Report on vaccination in the Province of Bengal - 1869-1873
Year: 1869
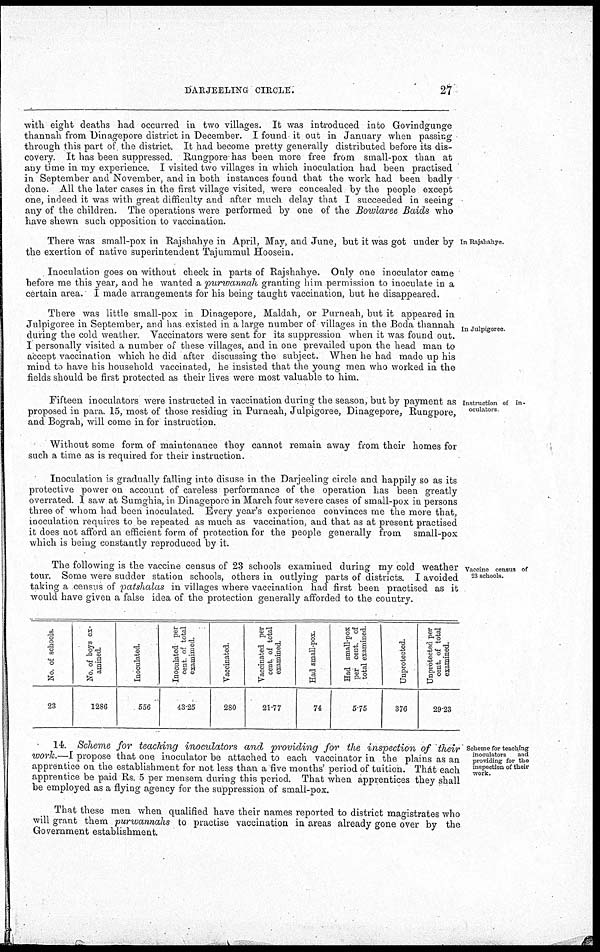
DARJEELING CIRCLE.
27
with eight deaths had occurred in two villages. It was introduced into Govindgunge
thannah from Dinagepore district in December. I found it out in January when passing
through this part of the district. It had become pretty generally distributed before its dis-
covery. It has been suppressed. Rungpore has been more free from small-pox than at
any time in my experience. I visited two villages in which inoculation had been practised
in September and November, and in both instances found that the work had been badly
done. All the later cases in the first village visited, were concealed by the people except
one, indeed it was with great difficulty and after much delay that I succeeded in seeing
any of the children. The operations were performed by one of the Bowlaree Baids who
have shewn such opposition to vaccination.
In Rajshahye.
There was small-pox in Rajshahye in April, May, and June, but it was got under by
the exertion of native superintendent Tajummul Hoosein.
Inoculation goes on without check in parts of Rajshahye. Only one inoculator came
before me this year, and he wanted a purwannah granting him permission to inoculate in a
certain area. I made arrangements for his being taught vaccination, but he disappeared.
In Julprgoree.
There was little small-pox in Dinagepore, Maldah, or Purneah, but it appeared in
Julpigoree in September, and has existed in a large number of villages in the Boda thannah
during the cold weather. Vaccinators were sent for its suppression when it was found out.
I personally visited a number of these villages, and in one prevailed upon the head man to
accept vaccination which he did after discussing the subject. When he had made up his
mind to have his household vaccinated, he insisted that the young men who worked in the
fields should be first protected as their lives were most valuable to him.
Instruction of in-
oculators
Fifteen inoculators were instructed in vaccination during the season, but by payment as
proposed in para. 15, most of those residing in Purneah, Julpigoree, Dinagepore, Rungpore,
and Bograh, will come in for instruction.
Without some form of maintenance they cannot remain away from their homes for
such a time as is required for their instruction.
Inoculation is gradually falling into disuse in the Darjeeling circle and happily so as its
protective power on account of careless performance of the operation has been greatly
overrated. I saw at Sumghia, in Dinagepore in March four severe cases of small-pox in persons
three of whom had been inoculated. Every year's experience convinces me the more that,
inoculation requires to be repeated as much as vaccination, and that as at present practised
it does not afford an efficient form of protection for the people generally from small-pox
which is being constantly reproduced by it.
Vaccine census of
23 schools.
The following is the vaccine census of 23 schools examined during my cold weather
tour. Some were sudder station schools, others in outlying parts of districts. I avoided
taking a census of patshalas in villages where vaccination had first been practised as it
would have given a false idea of the protection generally afforded to the country.
No. of schools.
23
No. of boys ex-
amined.
1286
Inoculated.
556
Inoculated per
cent of total
examinied.
43.25
Vaccinated.
280
Vaccinated per
cent of total
examined.
21.77
Had small-pox.
74
Had small-pox
per cent. of
total examined.
5.75
Unprotected.
376
Unprotected per
cent. of total
examined.
29.23
Scheme for teaching;
inoculators
and
providing for the
inspection of their
work.
14. Scheme for teaching inoculators and providing for the inspection of their
work.—I propose that one inoculator be attached to each vaccinator in the plains as an
apprentice on the establishment for not less than a five months' period of tuition. That each
apprentice be paid Rs. 5 per mensem during this period. That when apprentices they shall
be employed as a flying agency for the suppression of small-pox.
That these men when qualified have their names reported to district magistrates who
will grant them purwannahs to practise vaccination in areas already gone over by the
Government establishment.